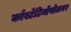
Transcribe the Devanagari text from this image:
काँस्टँटिनोपोलवर